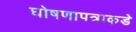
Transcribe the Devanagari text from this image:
घोषणापत्राकडे